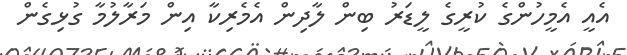
އެއީ އެމީހުންގެ ކުރީގެ ލީޑަރު ބިން ލާދިން އެމެރިކާ އިން މަރާލުމާ ގުޅިގެން